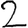
Digit: 2